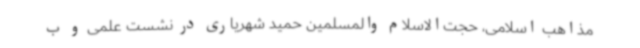
مذاهب اسلامی، حجت‌الاسلام والمسلمین حمید شهریاری در نشست علمی و ب